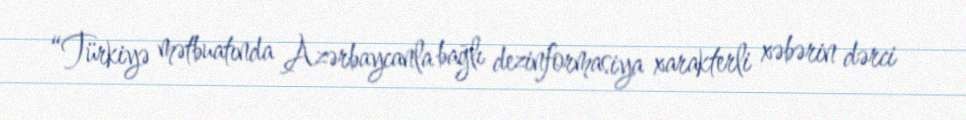
“Türkiyə mətbuatında Azərbaycanla bağlı dezinformasiya xarakterli xəbərin dərci